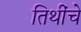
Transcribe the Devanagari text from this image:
तिथींचे